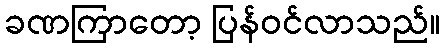
ခဏကြာတော့ ပြန်ဝင်လာသည်။